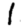
Digit: 1